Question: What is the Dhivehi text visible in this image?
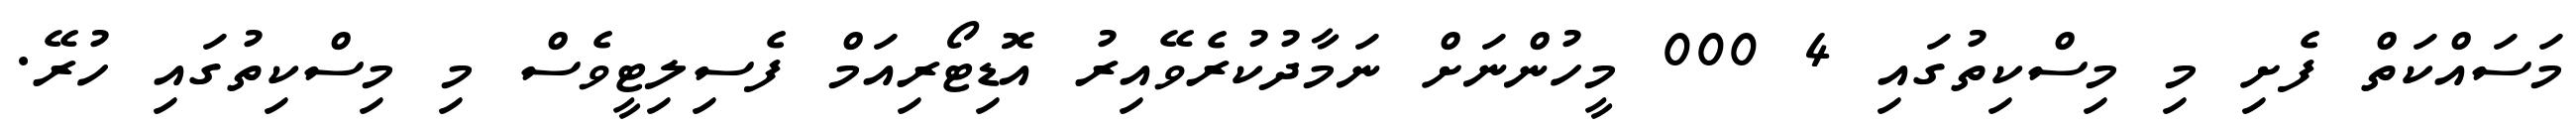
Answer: މަސައްކަތް ފެށި މި މިސްކިތުގައި 4 000 މީހުންނަށް ނަމާދުކުރެވޭއިރު އޮޑިޓޯރިއަމް ފެސިލިޓީވެސް މި މިސްކިތުގައި ހުރޭ.